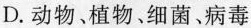
D.动物、植物、细菌、病毒